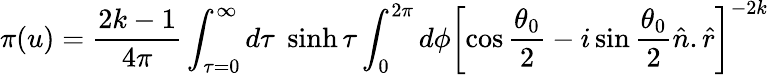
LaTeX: \pi(u)=\frac{2k-1}{4\pi}\int_{\tau=0}^{\infty}d\tau\; \sinh\tau\int_{0}^{2\pi}d\phi\left[\cos\frac{\theta_{0}}{2}-i\sin\frac{\theta_{0}}{2}\hat{n}.\hat{r}\right]^{-2k}